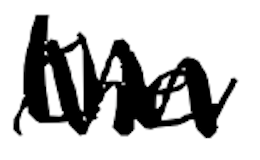
Text: the
Cross-out: mix
Writing tool: digital_black